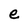
Character: e